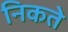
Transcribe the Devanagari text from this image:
निकते